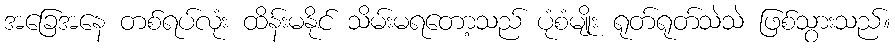
အခြေအနေ တစ်ရပ်လုံး ထိန်းမနိုင် သိမ်းမရတော့သည် ပုံစံမျိုး ရုတ်ရုတ်သဲသဲ ဖြစ်သွားသည်။